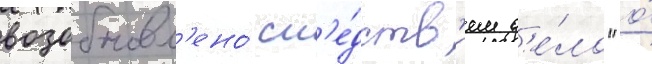
возобновл'ено́ сл'е́дств'ием д'е́ло "о́